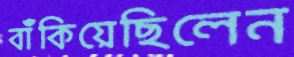
বাঁকিয়েছিলেন